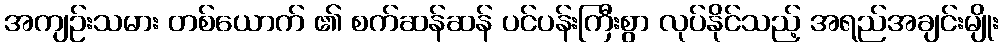
အကျဉ်းသမား တစ်ယောက် ၏ စက်ဆန်ဆန် ပင်ပန်းကြီးစွာ လုပ်နိုင်သည့် အရည်အချင်းမျိုး